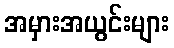
အမှားအယွင်းများ